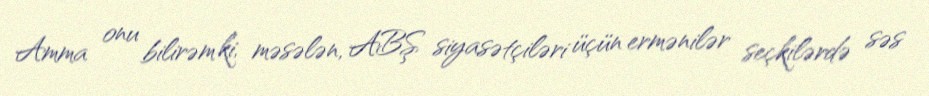
Amma onu bilirəm ki, məsələn, ABŞ siyasətçiləri üçün ermənilər seçkilərdə səs